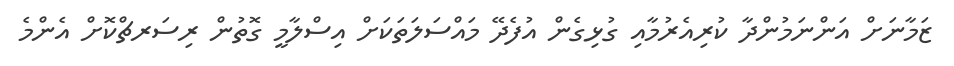
ޒަމާނަށް އަންނަމުންދާ ކުރިއެރުމާއި ގުޅިގެން އުފެދޭ މައްސަލަތަކަށް އިސްލާމީ ގޮތުން ރިސަރޗްކޮށް އެންމެ